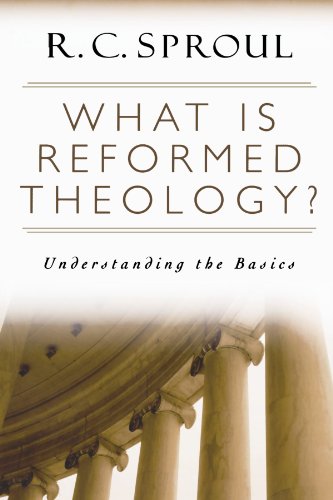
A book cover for What is Reformed Theology?: Understanding the Basics; R. C. Sproul; Christian Books & Bibles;